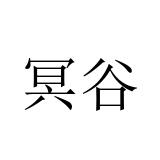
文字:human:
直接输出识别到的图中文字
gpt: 冥谷